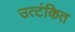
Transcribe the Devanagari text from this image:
उत्टंकित